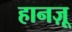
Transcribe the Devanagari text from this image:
हानज़ू